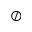
\oslash